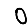
Digit: 0